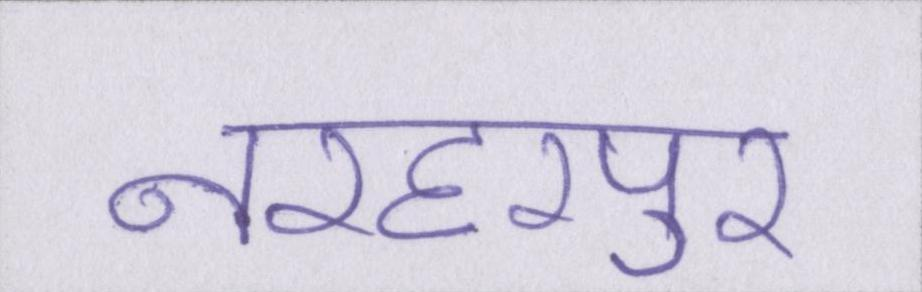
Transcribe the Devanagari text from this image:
नरहरपुर